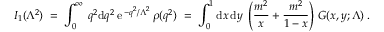
I _ { 1 } ( \Lambda ^ { 2 } ) \; = \; \int _ { 0 } ^ { \infty } \, q ^ { 2 } \mathrm { d } q ^ { 2 } \: \mathrm { e } \, ^ { - q ^ { 2 } / \Lambda ^ { 2 } } \, \rho ( q ^ { 2 } ) \; = \; \int _ { 0 } ^ { 1 } \mathrm { d } x \, \mathrm { d } y \; \left( \frac { m ^ { 2 } } { x } + \frac { m ^ { 2 } } { 1 - x } \right) \, G ( x , y ; \Lambda ) \; .